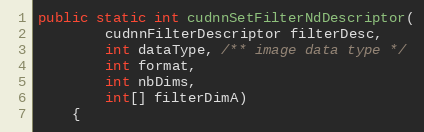
Language: Java
public static int cudnnSetFilterNdDescriptor(
        cudnnFilterDescriptor filterDesc,
        int dataType, /** image data type */
        int format,
        int nbDims,
        int[] filterDimA)
    {